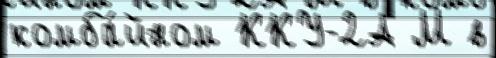
комба́йном ККУ-2А М в